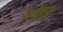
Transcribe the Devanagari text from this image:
धोरड